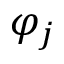
\varphi _ { j }